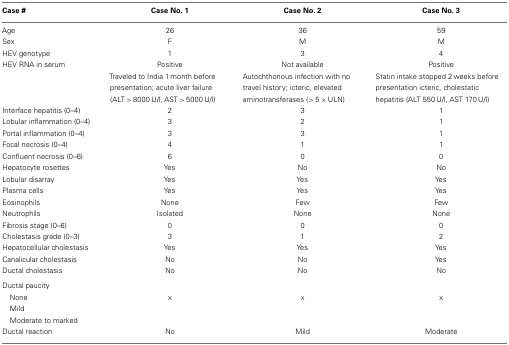
| Case # | Case No. 1 | Case No. 2 | Case No. 3 |
 | --- | --- | --- | --- |
 | Age | 26 | 36 | 59 |
 | Sex | F | M | M |
 | HEV genotype | 1 | 3 | 4 |
 | HEV RNA in serum | Positive | Not available | Positive |
 |  | Traveled to India 1 month before presentation; acute liver failure (ALT > 8000 U/l, AST > 5000 U/l) | Autochthonous infection with no travel history; icteric, elevated aminotransferases (> 5 × ULN) | Statin intake stopped 2 weeks before presentation icteric, cholestatic hepatitis (ALT 550 U/l, AST 170 U/l) |
 | Interface hepatitis (0–4) | 2 | 3 | 1 |
 | Lobular inflammation (0–4) | 3 | 2 | 1 |
 | Portal inflammation (0–4) | 3 | 3 | 1 |
 | Focal necrosis (0–4) | 4 | 1 | 1 |
 | Confluent necrosis (0–6) | 6 | 0 | 0 |
 | Hepatocyte rosettes | Yes | No | No |
 | Lobular disarray | Yes | Yes | Yes |
 | Plasma cells | Yes | Yes | Yes |
 | Eosinophils | None | Few | Few |
 | Neutrophils | Isolated | None | None |
 | Fibrosis stage (0–6) | 0 | 0 | 0 |
 | Cholestasis grade (0–3) | 3 | 1 | 2 |
 | Hepatocellular cholestasis | Yes | Yes | Yes |
 | Canalicular cholestasis | No | No | Yes |
 | Ductal cholestasis | No | No | No |
 | Ductal paucity |  |  |  |
 | None | x | x | x |
 | Mild |  |  |  |
 | Moderate to marked |  |  |  |
 | Ductal reaction | No | Mild | Moderate |